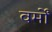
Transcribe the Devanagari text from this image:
वर्मों